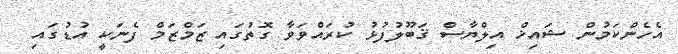
އެހެންކަމުން ޝައިޚް އިލްޔާސް ޤަބޫލުފުޅު ކުރައްވަވާ ގޮތުގައި ޒަމްޒަމް ފެނަކީ އުޑުގައި